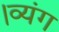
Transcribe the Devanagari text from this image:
।व्यंग